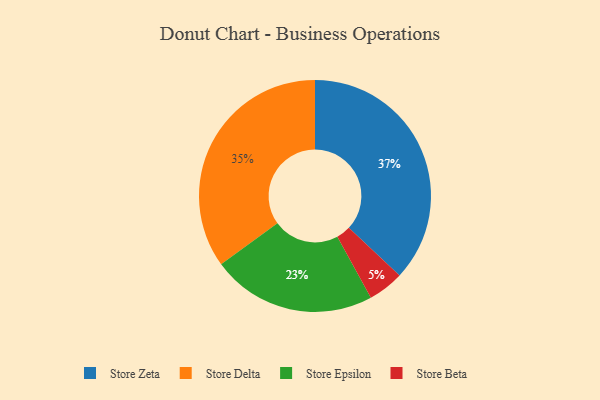
{"axis": {"x": "Category", "y": "Percentage"}, "legend": ["Store Beta", "Store Delta", "Store Epsilon", "Store Zeta"], "data": [{"x": "Store Delta", "y": 35, "type": "Store Delta"}, {"x": "Store Epsilon", "y": 23, "type": "Store Epsilon"}, {"x": "Store Zeta", "y": 37, "type": "Store Zeta"}, {"x": "Store Beta", "y": 5, "type": "Store Beta"}]}